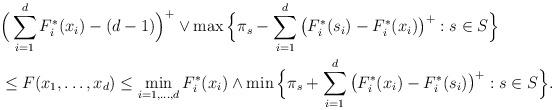
LaTeX: \begin{align*}&\Big(\sum_{i=1}^d F^\ast_i(x_i) - (d-1)\Big)^+ \vee \max\Big\{ \pi_s - \sum_{i=1}^d \big(F_i^\ast(s_i) - F_i^\ast(x_i)\big)^+ : s\in S\Big\} \\&\le F(x_1,\dots,x_d) \le \min_{i=1,\dots,d} F^\ast_i(x_i) \wedge \min\Big\{ \pi_s + \sum_{i=1}^d \big(F_i^\ast(x_i) - F_i^\ast(s_i)\big)^+ : s\in S\Big\}.\end{align*}